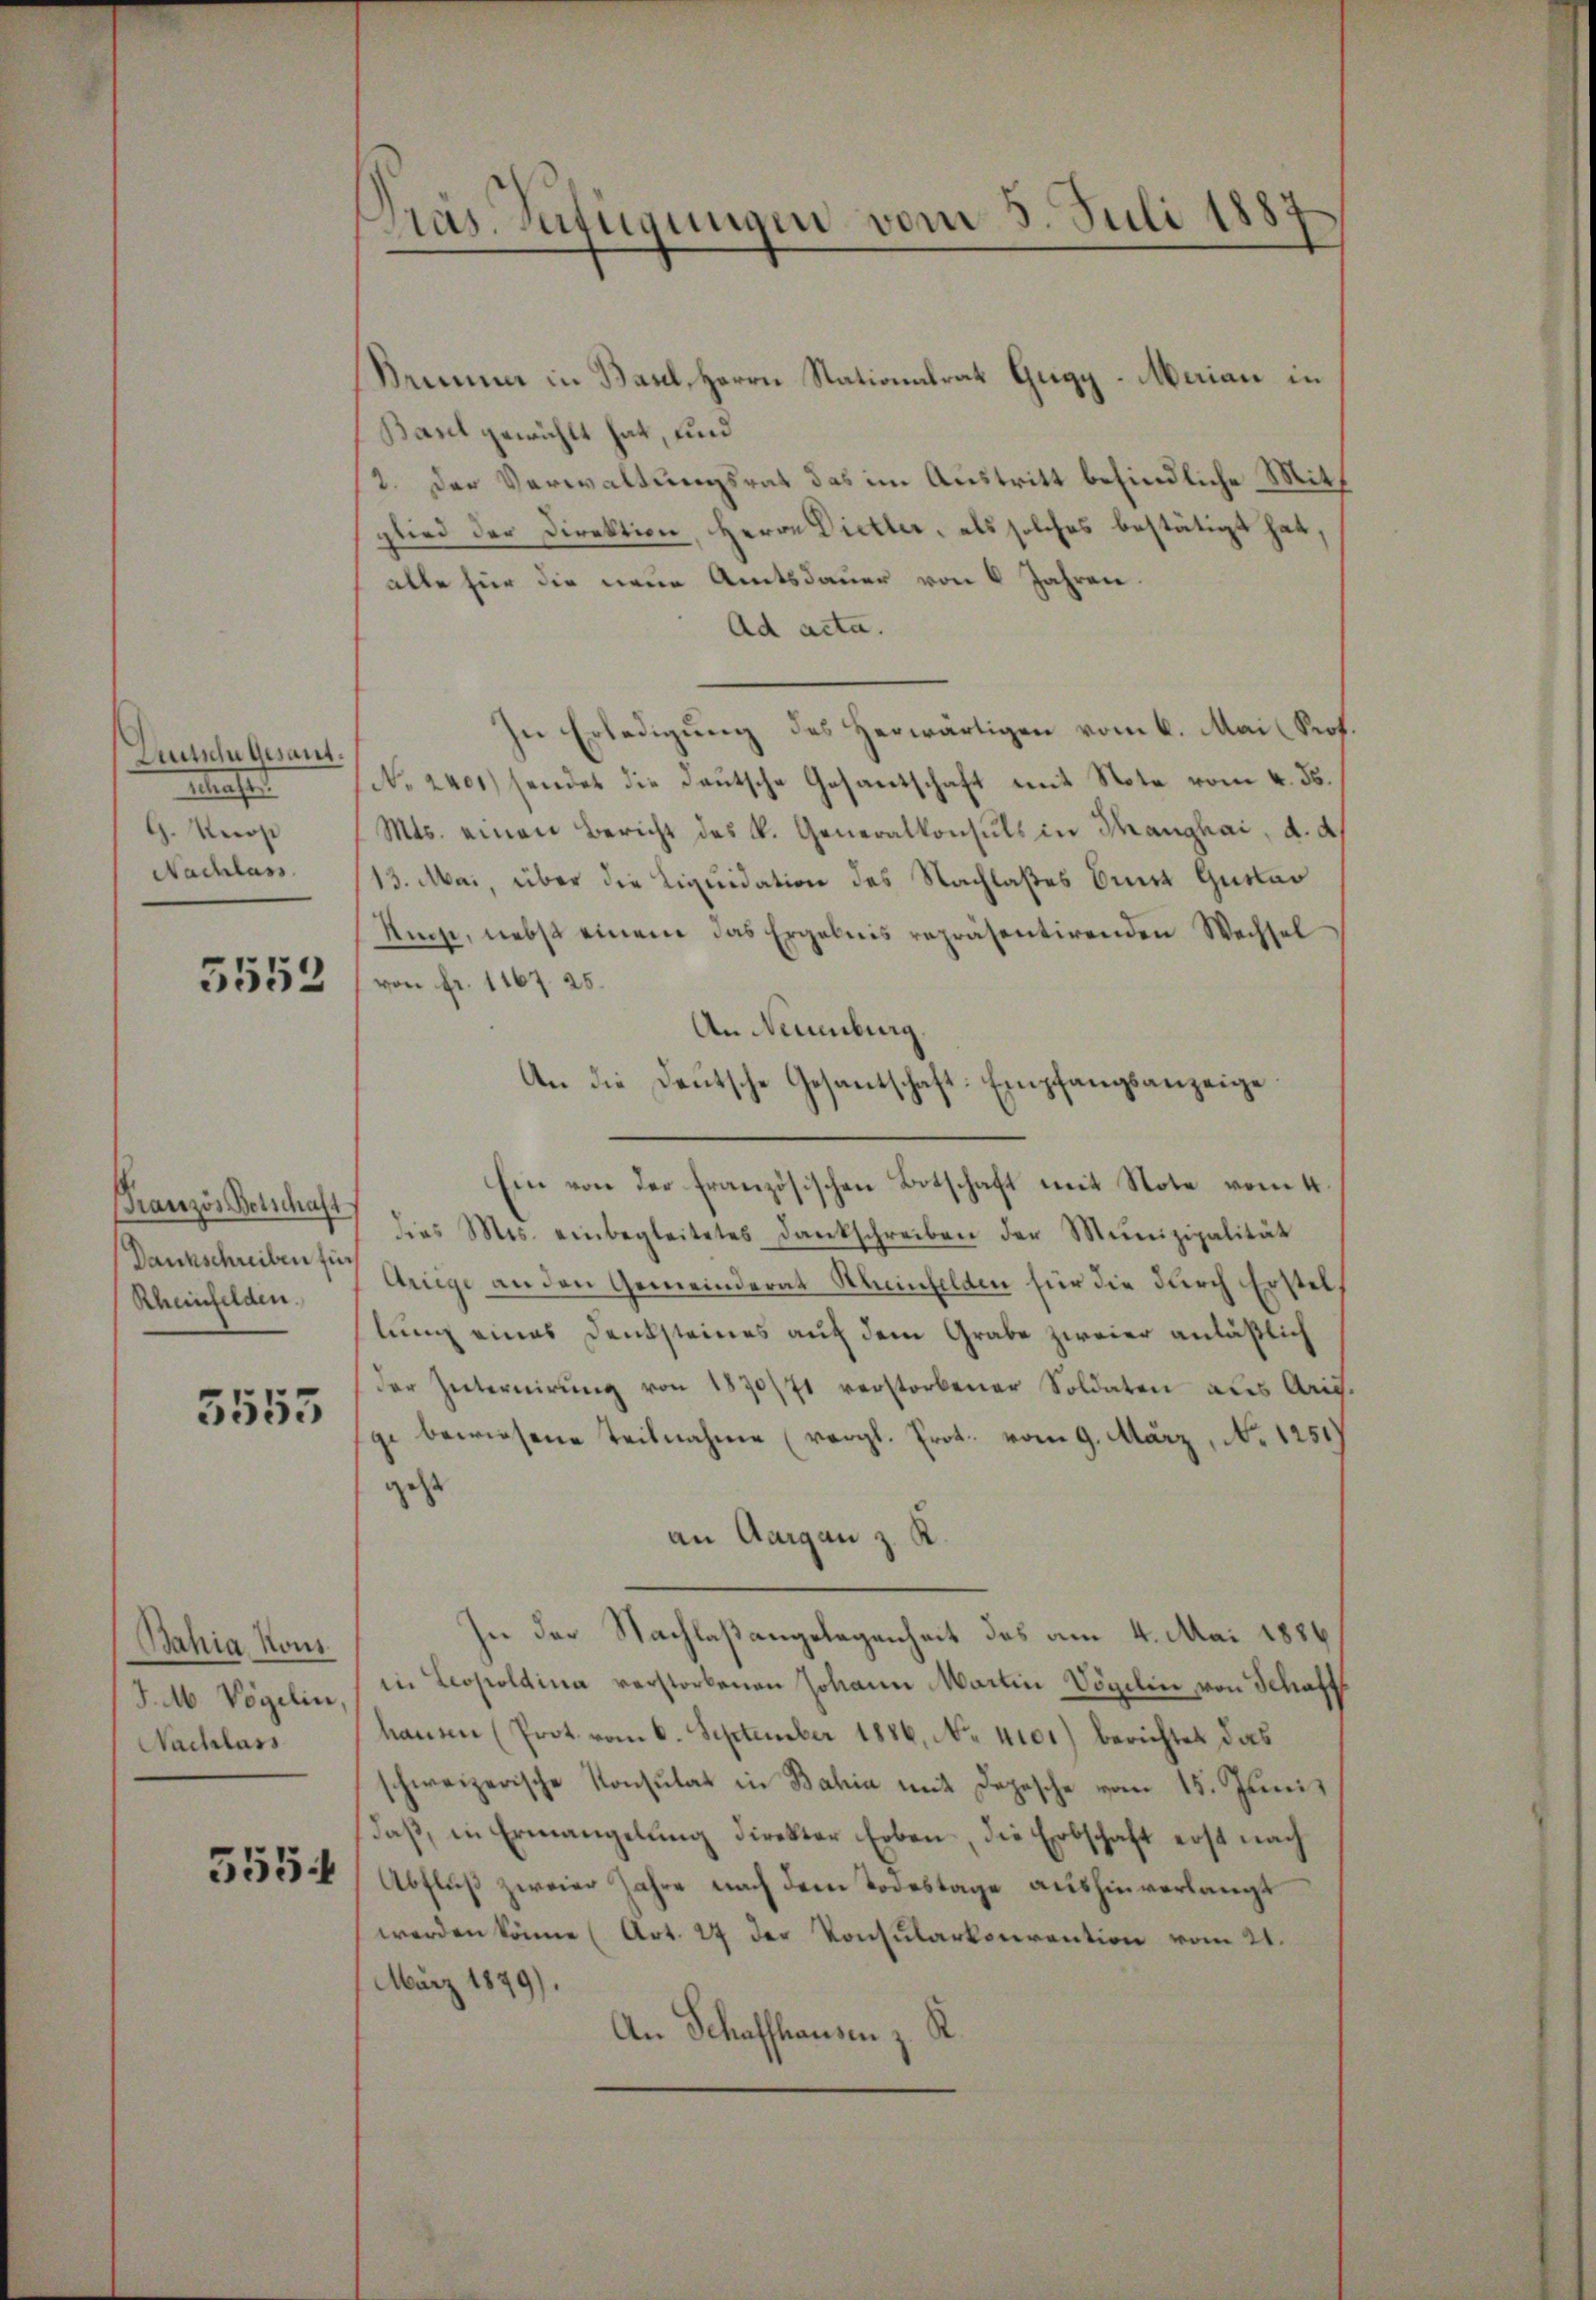
Deutsche Gesant.
etrache
G. Roose
Nachlass

5552

Französ. Betschaft
Dankschreiben für
Rheinfelden.

5555

Bahia Kout.
J. M. Vögelin,
Nachlass

555.

Präs. Verfügungen vom 5. Juli 1887

Brunner in Basel, Herrn Stationalrat Guigy-Merian in
Barl gewählt hat, und
2. Der Verwaltungsrat das im Austritt befindliche Mitt
glied der Direktion, Herrn Dietler, als solches bestätigt hat,
alle für die neue Amtsdauer von 6 Jahren
Ad acta.
In Erledigung des Herwärtigen vom 6. Mai l Prof
No 2401) sendet die deutsche Gesantschaft mit Note vom 4. ds.
Mts. einen Bericht des k. Generalkonsuls in Tanghai, d. d.
13. Mai, über die Liquidation des Nachlaßes Binz Gustav
Kunz, nebst einem das Ergebnis repräsentirenden Wechsel
von fr. 1167. 25.
An Neuenburg.
An die Deutsche Gesantschaft-Empfangsanzeige
1
Ein von der französischen Botschaft mit Note vom 4.
dies Mis. einbegleitetes Dankschreiben der Munizipalität
Urige an den Gemeinderat Rheinfelden für die durch Erstellung eines Denksteines auf dem Grabe zweier anläßlich
der Internierŭng von 1870/71 verstorbener Soldaten aus Aris
ge bewiesene Teilnahme (vergl. Prot. vom 9. März, No 1251)
jetzt
an Aargau z. K.
In der Nachlaßangelegenheit des am 4. Mai 1886
in Leopoldina verstorbenen Johann Martin Vögelin von Schaft
hausen (Prot. vom 6. September 1886, No. 4101) berichtet das
schweizerische Konsulat in Bahia mit Depesche vom 15. Juni
daβ, in Ermangelung direktor Erben, die Erbschaft erst nach
Abfluß zweier Jahre nach dem Todestage aushinverlangt
werden könne (Art. 27 der Konsularkonvention vom 21.
März 1879).
An Schaffhausen z. R.